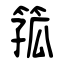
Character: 箛